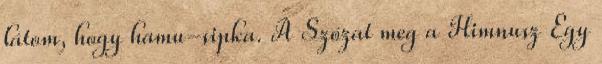
látom, hogy hamu-sipka. A Szózat meg a Himnusz Egy